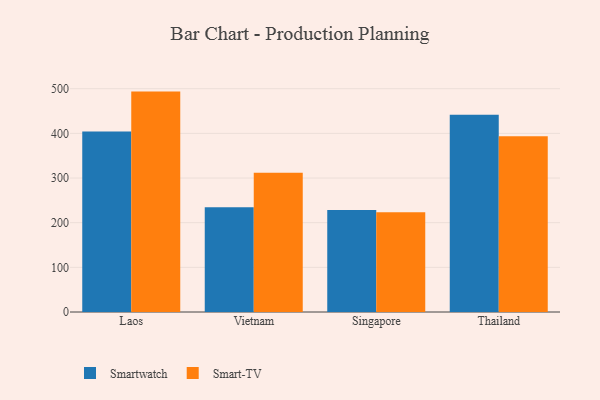
{"axis": {"x": "Country", "y": "Active Users"}, "legend": ["Smart-TV", "Smartwatch"], "data": [{"x": "Laos", "y": 404.3, "type": "Smartwatch"}, {"x": "Laos", "y": 493.5, "type": "Smart-TV"}, {"x": "Vietnam", "y": 234.8, "type": "Smartwatch"}, {"x": "Vietnam", "y": 311.6, "type": "Smart-TV"}, {"x": "Singapore", "y": 228.2, "type": "Smartwatch"}, {"x": "Singapore", "y": 223.2, "type": "Smart-TV"}, {"x": "Thailand", "y": 441.4, "type": "Smartwatch"}, {"x": "Thailand", "y": 393.8, "type": "Smart-TV"}]}